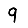
Digit: 9